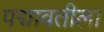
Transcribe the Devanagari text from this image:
पद्मावतीला